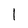
Character: l